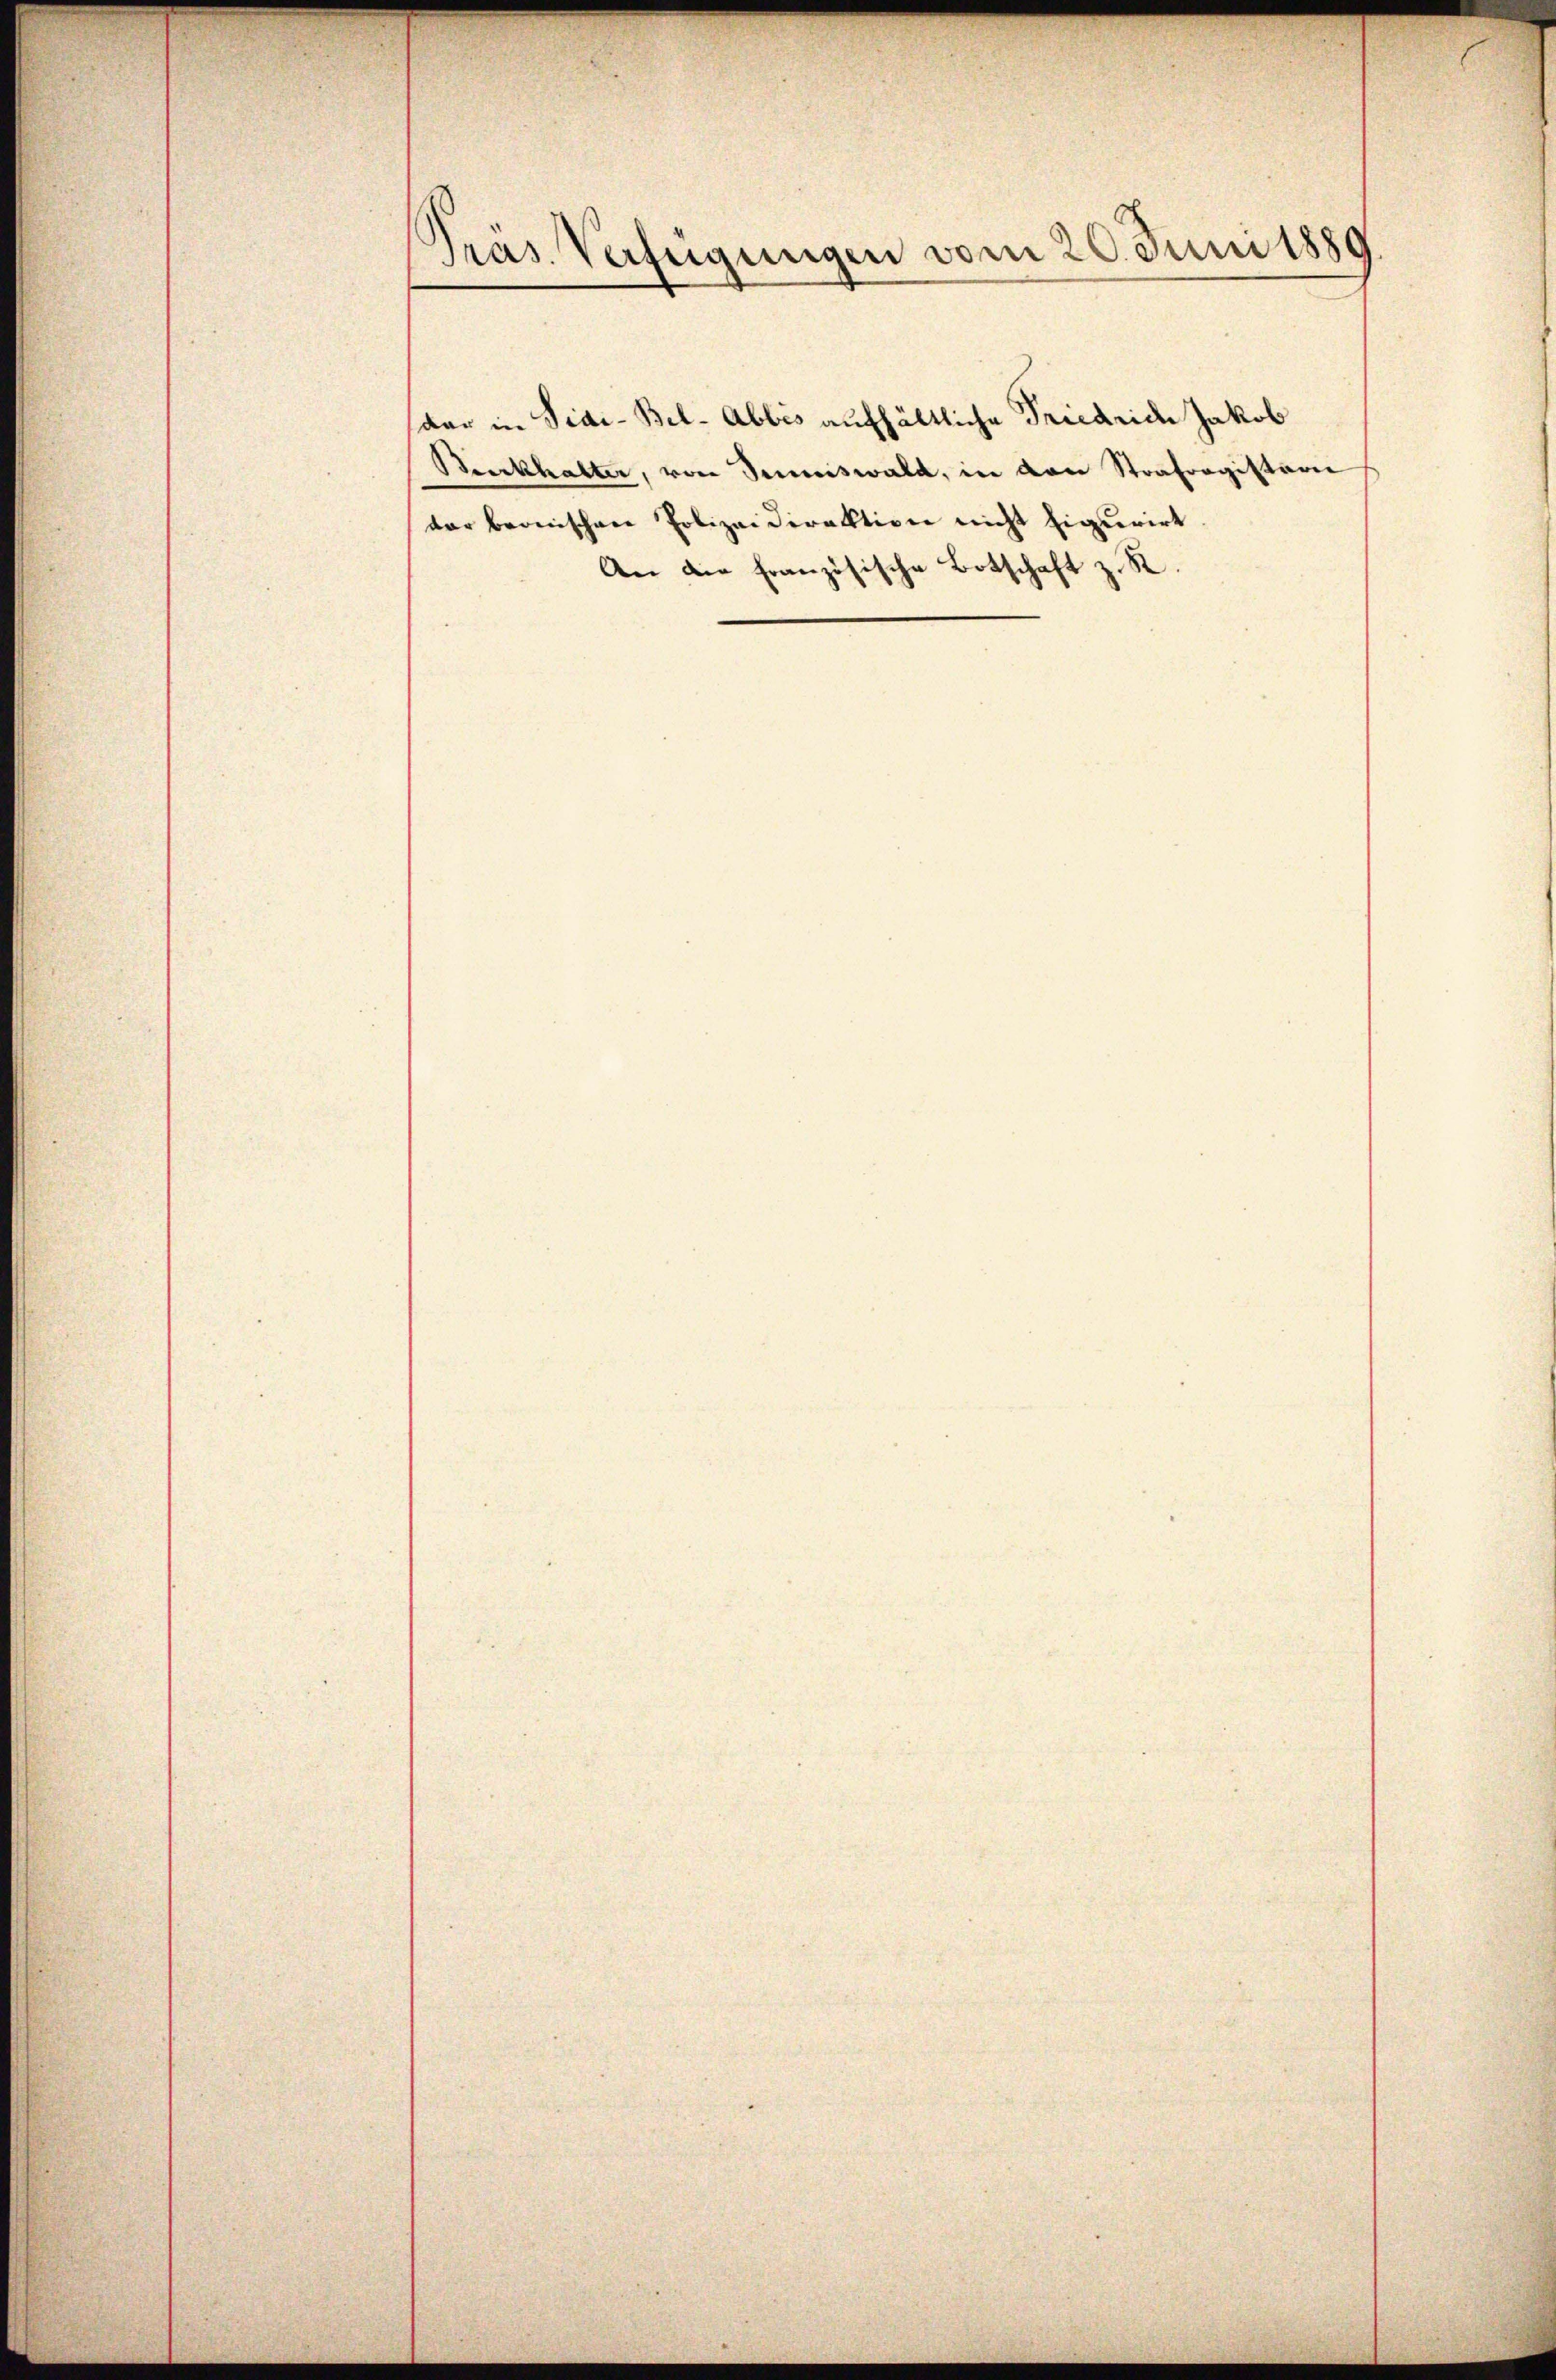
Pras. Verfügungen vom 20. Juni 1889

dar in Sidi-Bel- Abbis aufhältliche Friedrich Jakob
Burkhalter, von Semiswald, in von Strafregistron
der beonischen Polizeidirektion nicht figurirt.
An die französische Botschaft z. R.